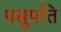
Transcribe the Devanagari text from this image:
पसुपति